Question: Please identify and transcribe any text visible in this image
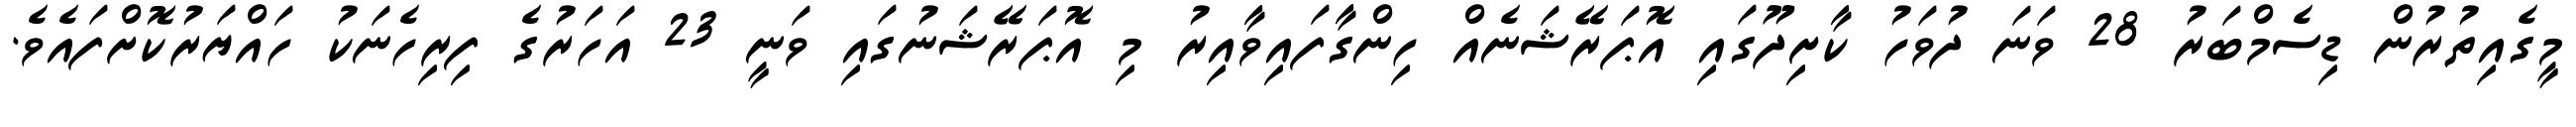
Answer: މީގެއިތުރުން ޑިސެމްބަރު 28 ވަނަ ދުވަހު ކާށިދޫގައި އޮޕަރޭޝަނެއް ހިންގާފައިވާއިރު މި އޮޕަރޭޝަނުގައި ވަނީ 23 އަހަރުގެ ފިރިހެނަކު ހައްޔަރުކޮށްފައެވެ.